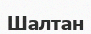
Шалтан